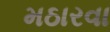
મઠારવા